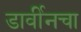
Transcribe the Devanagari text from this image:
डार्वीनचा